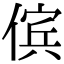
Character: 傧